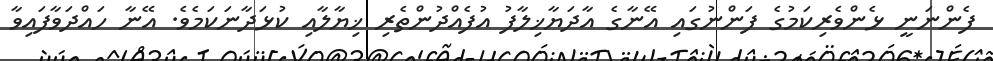
ފެންނަނީ ޅެންވެރިކަމުގެ ފަންނުގައި އޭނާގެ އާދަޔާޚިލާފު އުފެއްދުންތެރި ޚިޔާލާއި ކުޅަދާނަކަމެވެ. އޭނާ ހައްދަވާފައިވާ